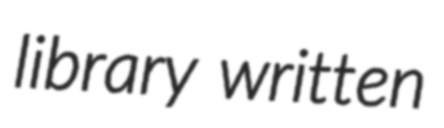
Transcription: library written